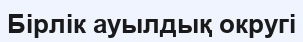
Бірлік ауылдық округі